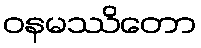
ဝနမဿိတော